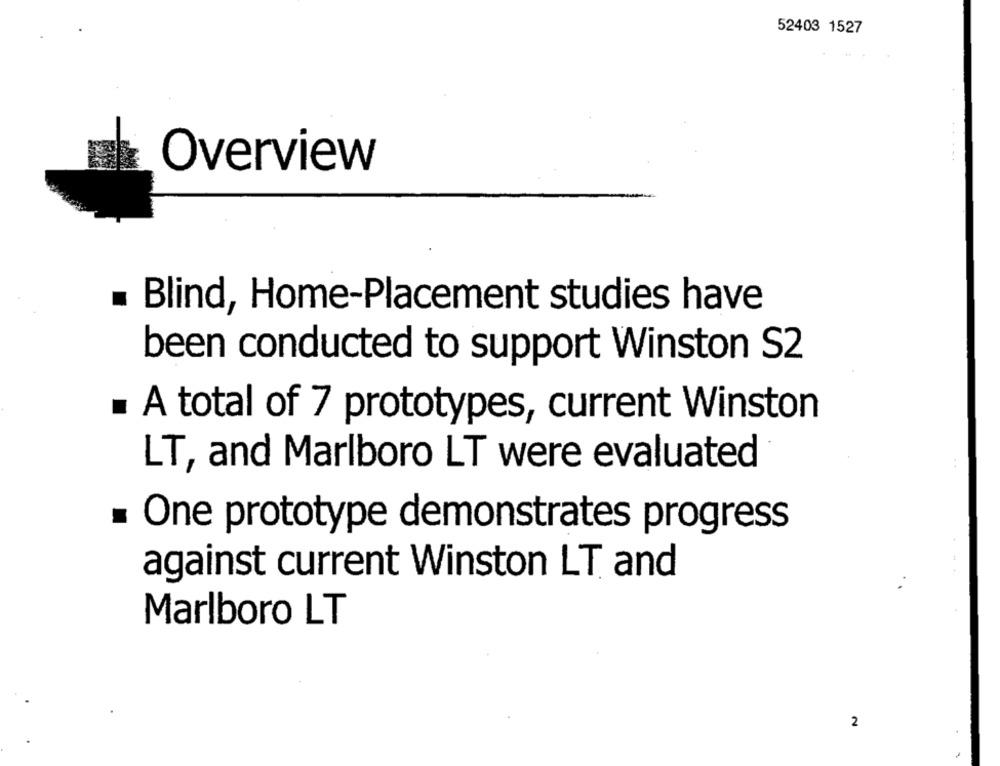
52403 1527
Overview
.
Blind, Home-Placement studies have
been conducted to support Winston S2
. A total of 7 prototypes, current Winston
LT, and Marlboro LT were evaluated
One prototype demonstrates progress
against current Winston LT and
Marlboro LT
2